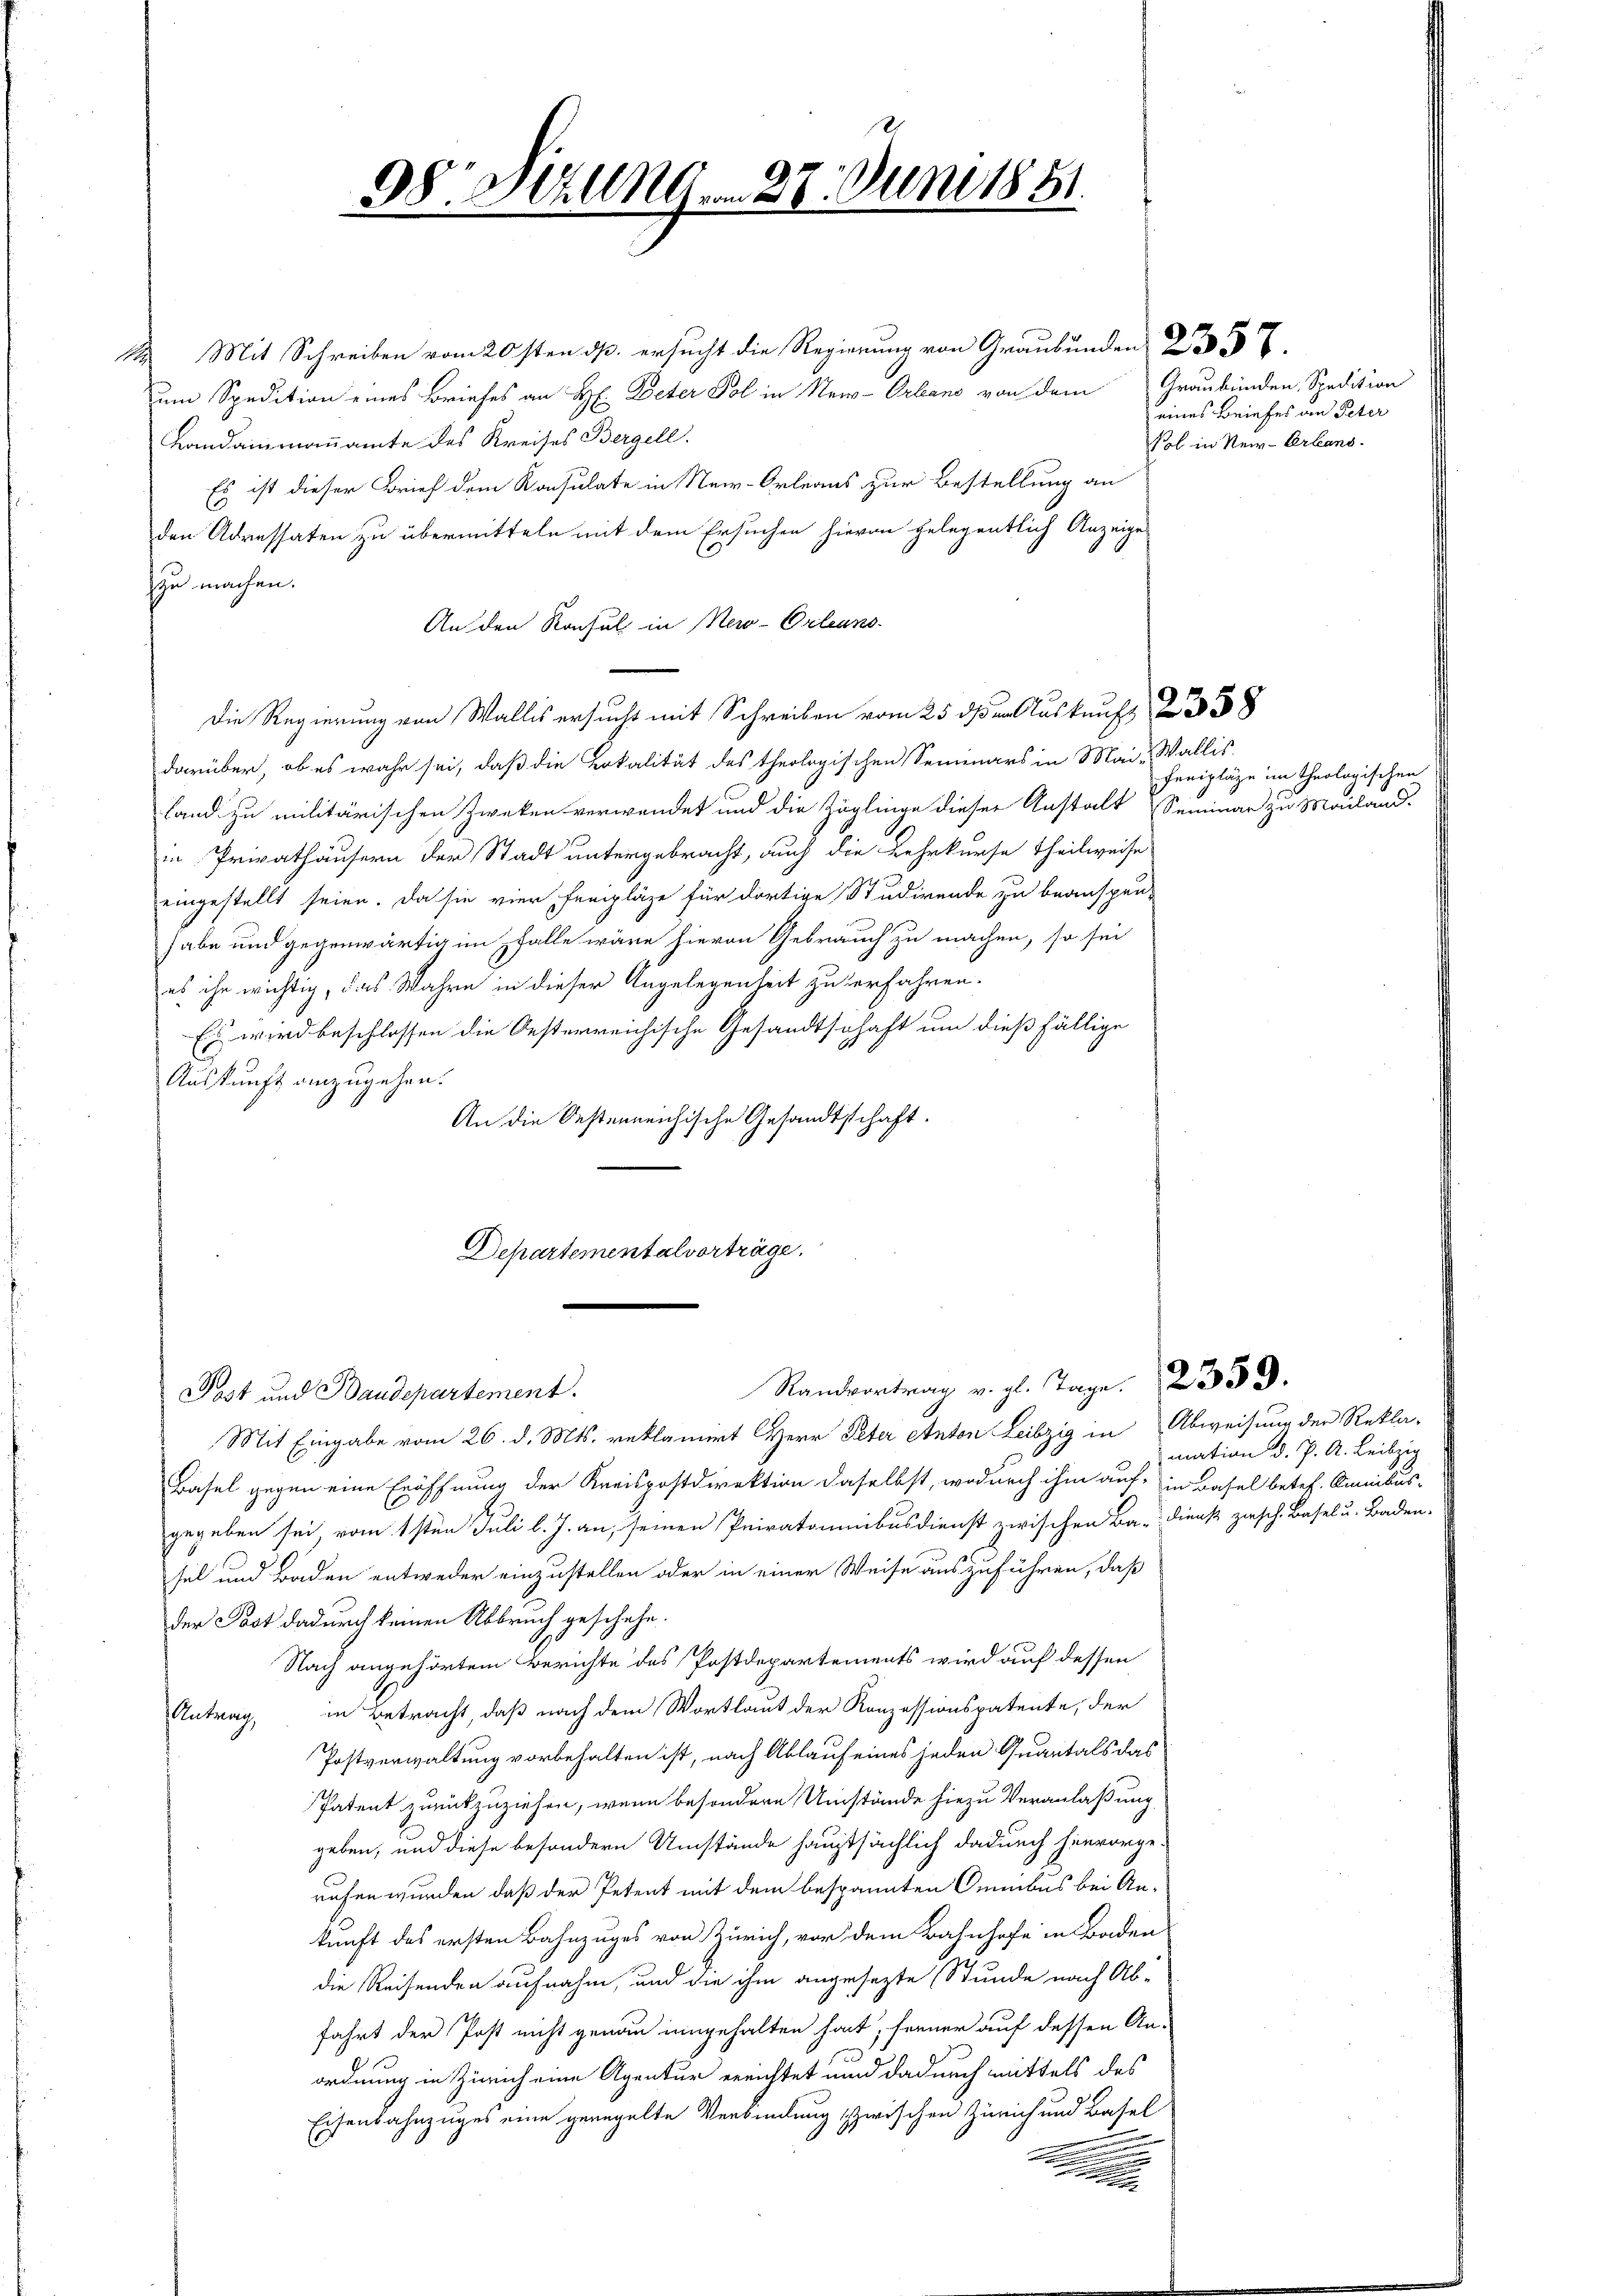
§§. 30449 n 27. Juni 1851.

12. Mit Schreiben vom 20sten dß ersucht die Regierung von Graubünden 27.
um Spedition eines Briefes an H: Peter Pol in New-Orleans von dem Graubünden, Spedition
Landammannamte des Kreises Bergell
Es ist dieser Brief dem Konsulate in New-Orleaus zur Bestellung an
den Adressaten zu übermitteln mit dem Ersuchen hievon gelegentlich Anzeige
zu machen.
An den Konsul in New-Orleans
Die Regierung von Wallis ersucht mit Schreiben vom 25 den Auskauf 38
darüber, ob es wahr sei, daß die Lokalität des theologischen Seminars in Mai- Wallis,
land zu militärischen Zweken verwendet und die Zöglinge dieser Anstalt Seminar zu Mouland.
in Privathäusern der Stadt untergebracht, auch die Lehrkurse Theilweise
eingestellt seien. Da sie vier freipläge für dortige Studirende zu beanspen-
habe und gegenwärtig im falle wäre hievon Gebrauch zu machen, so sei
es ihn wichtig, das Wahre in dieser Angelegenheit zu verfahren.
Es wird beschlossen die Oesterreichische Gesandtschaft um dießfällige
Auskunft einzugehen.
An die Oestenreichische Gesandtschaft.
Departementalvorträge.

e

Post und Baudepartement.
Mit Eingabe vom 26. d. Mts. reklamirt Herr Peter Anten Leibzig in Abweisung der Rekla-
Basel gegen eine Eröffnung der Kreispostdirektion daselbst, wodurch ihm auf in Basel betref. Omnibus-
gegeben sei vom 1sten Juli l. J. an, seinen Privatominibusdienst zwischen Ba-Dienst zusch. Basel u. Baden-
sel und Baden entweder einzustellen oder in einer Weise auszuführen, daß
der Post dadurch keinen Abbruch geschehe.
Nach angehörtem Berichte des Postdepartements wird auf dessen
Antrag, in Betracht, daß nach dem Wortlaut der Konzessionspatente, der
Postverwaltung vorbehalten ist, nach Ablauf eines jeden Quantals das
Patent zurückzuziehen, wenn besondere Umstände hiezu Veranlaßung
geben, und diese besondern Umstände hauptsächlich dadurch hervorge-
rufen wurden, daß der Petent mit dem bespannten Omnibus bei An-
kunft des ersten Bahnzuges von Zürich, vor dem Bahnhofe in Baden
die Reisenden aufnahm, und die ihm angesezte Stunde nach Ab-
fahrt der Post nicht genau eingehalten hat, ferner auf dessen An-
ordnung in Zürich eine Agentur errichtet und dadurch mittels des
Eisenbahnzuges eine geregelte Verbindung zwischen Zürich und Basel

Randvortrag v. gl. Tage 2339.

eines Briefes an Peter
Pol in Steir-Orleans

Feripläge im Theologischen

mation d. J. A. Leibzig